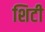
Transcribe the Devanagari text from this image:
शिटी